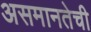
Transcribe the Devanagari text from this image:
असमानतेची